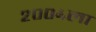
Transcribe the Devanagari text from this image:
२००४ला